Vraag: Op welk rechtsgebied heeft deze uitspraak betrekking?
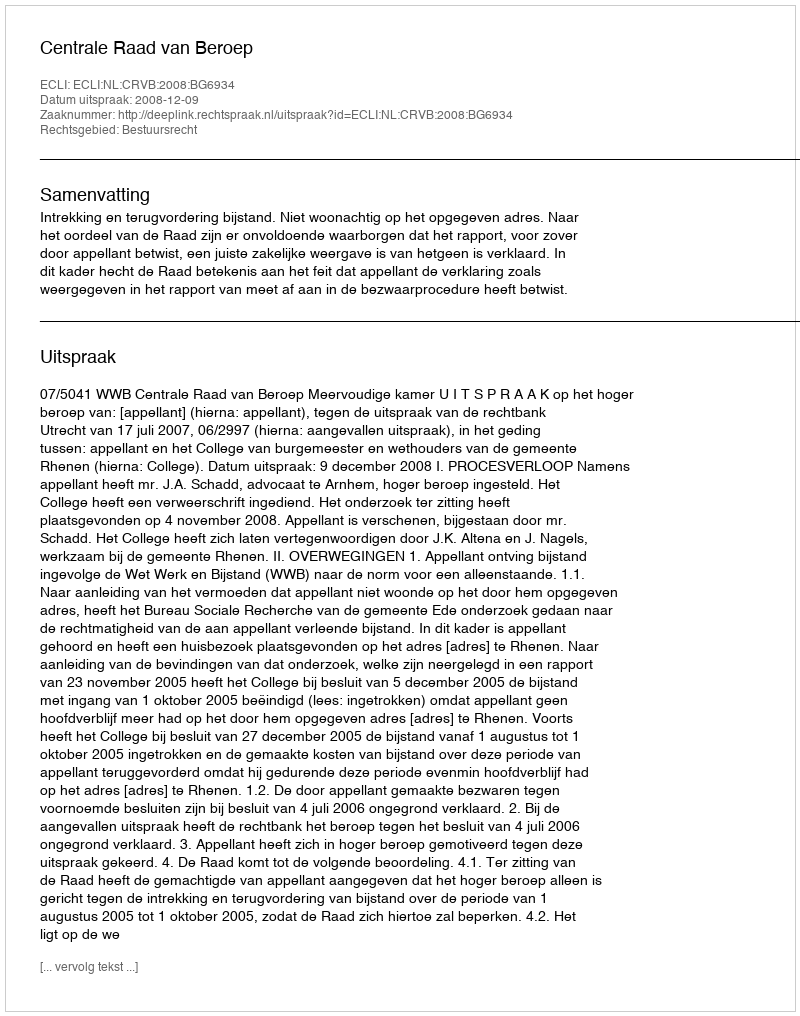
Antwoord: Bestuursrecht